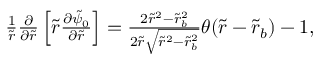
\begin{array} { r } { \frac { 1 } { \tilde { r } } \frac { \partial } { \partial \tilde { r } } \left[ \tilde { r } \frac { \partial \tilde { \psi } _ { 0 } } { \partial \tilde { r } } \right] = \frac { 2 \tilde { r } ^ { 2 } - \tilde { r } _ { b } ^ { 2 } } { 2 \tilde { r } \sqrt { \tilde { r } ^ { 2 } - \tilde { r } _ { b } ^ { 2 } } } \theta ( \tilde { r } - \tilde { r } _ { b } ) - 1 , } \end{array}